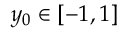
y _ { 0 } \in \left[ - 1 , 1 \right]